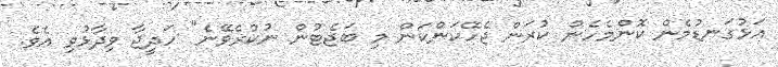
އަޅުގަނޑުމެން ކޮންމެހެން ކުރަން ޖެހޭކަންކަން މި ބަޖެޓުން ނުކުރެވޭނެ" ހަދީޖާ ވިދާޅުވި އެވެ.